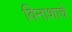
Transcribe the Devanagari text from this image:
विनाशाचे